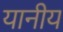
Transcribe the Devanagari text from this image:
यानीय